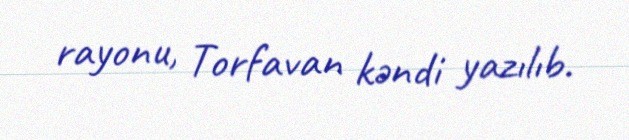
rayonu, Torfavan kəndi yazılıb.